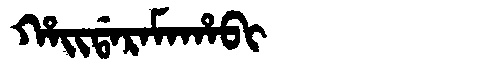
Manchu: ᡥᠠᡳᡩᠠᡵᠠᠮᠠᡥᠠᠪᡳ
Romanization: HAIDARAMAHABI